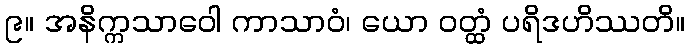
၉။ အနိက္ကသာဝေါ ကာသာဝံ၊ ယော ဝတ္ထံ ပရိဒဟိဿတိ။